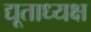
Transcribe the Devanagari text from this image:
द्यूताध्यक्ष